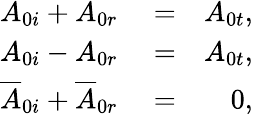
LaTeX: \begin{array}{rlr}{A_{0i}+A_{0r}}&{{}=}&{A_{0t},}\\ {A_{0i}-A_{0r}}&{{}=}&{A_{0t},}\\ {\overline{{A}}_{0i}+\overline{{A}}_{0r}}&{{}=}&{0,}\end{array}